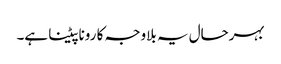
بہرحال یہ بلاوجہ کا رونا پیٹنا ہے۔